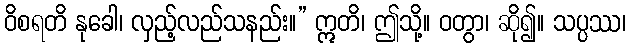
ဝိစရတိ နုခေါ၊ လှည့်လည်သနည်း။” ဣတိ၊ ဤသို့။ ဝတွာ၊ ဆို၍။ သပ္ပဿ၊